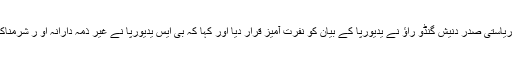
کانگریس کے ریاستی صدر دنیش گنڈو راؤ نے یدیورپا کے بیان کو نفرت آمیز قرار دیا اور کہا کہ بی ایس یدیورپا نے غیر ذمہ دارانہ او ر شرمناک بیان دیا ہے ۔